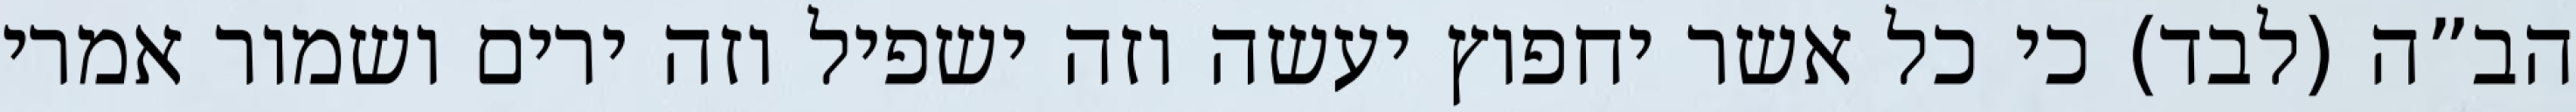
הב”ה (לבד) כי כל אשר יחפוץ יעשה וזה ישפיל וזה ירים ושמור אמרי